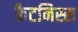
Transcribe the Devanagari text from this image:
कैटनिस्स